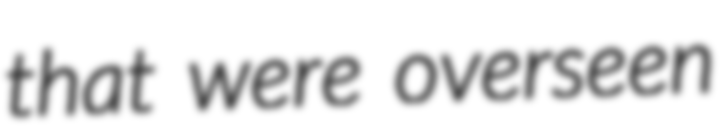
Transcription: that were overseen